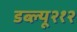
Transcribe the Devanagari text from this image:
डब्ल्यू२१२